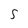
Character: 5